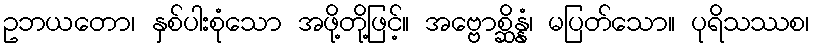
ဥဘယတော၊ နှစ်ပါးစုံသော အဖို့တို့ဖြင့်။ အဗ္ဗောစ္ဆိန္နံ၊ မပြတ်သော။ ပုရိသဿစ၊